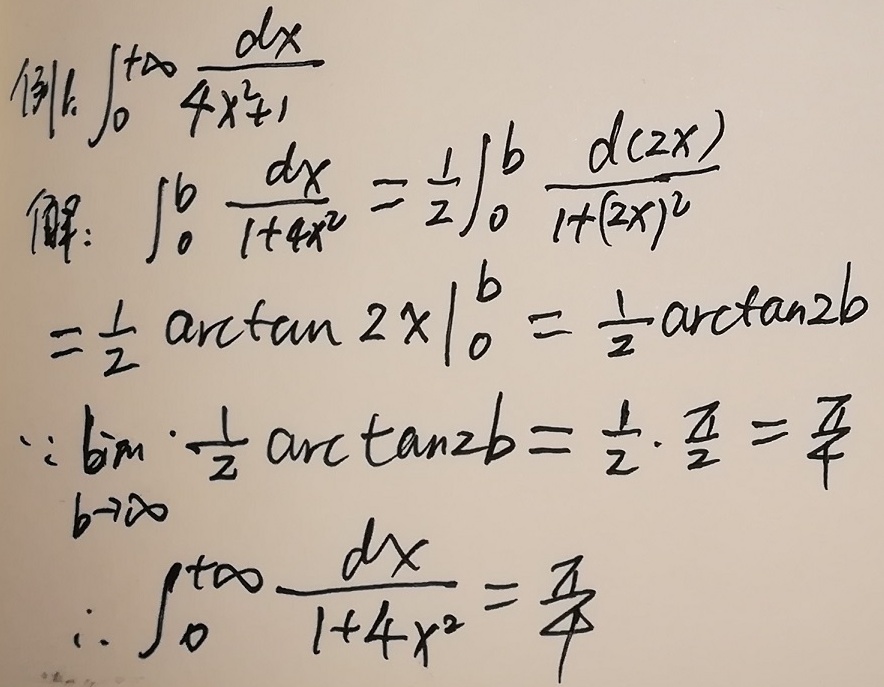
例1. 计算\(\int_{0}^{+\infty}\frac{dx}{4x^{2}+1}\)。
解：
\[\begin{align*}
\int_{0}^{b}\frac{dx}{1 + 4x^{2}}&=\frac{1}{2}\int_{0}^{b}\frac{d(2x)}{1+(2x)^{2}}\\
&=\frac{1}{2}\arctan 2x\big|_{0}^{b}\\
&=\frac{1}{2}\arctan 2b
\end{align*}\]
因为\(\lim_{b \to +\infty}\frac{1}{2}\arctan 2b=\frac{1}{2}\cdot\frac{\pi}{2}=\frac{\pi}{4}\)，所以\(\int_{0}^{+\infty}\frac{dx}{1 + 4x^{2}}=\frac{\pi}{4}\)。